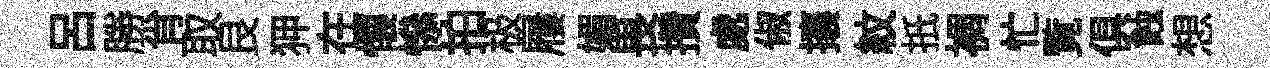
吕勝肖取艮狎在懐𢡖拍极屨媚畏攢處俶攘紋扺裯忙覧俱蝕想